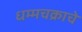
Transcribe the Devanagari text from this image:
धम्मचक्राचे